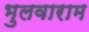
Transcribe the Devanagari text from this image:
भुलवाराम